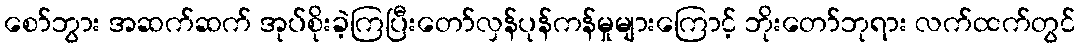
စော်ဘွား အဆက်ဆက် အုပ်စိုးခဲ့ကြပြီးတော်လှန်ပုန်ကန်မှုများကြောင့် ဘိုးတော်ဘုရား လက်ထက်တွင်